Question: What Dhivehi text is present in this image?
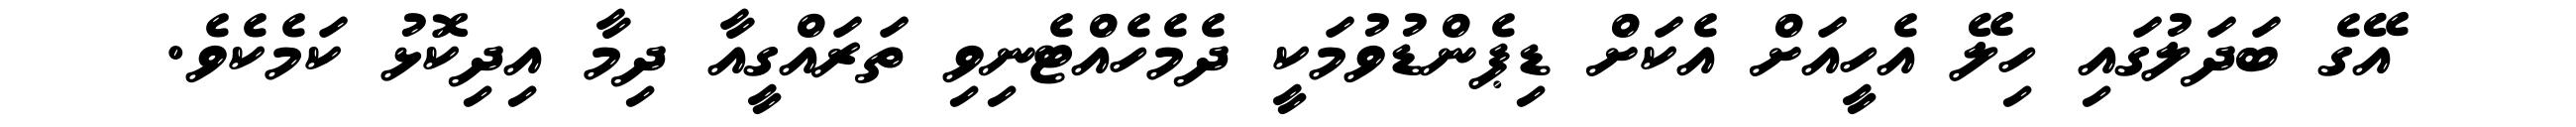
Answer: އޭގެ ބަދަލުގައި ހިލޭ އެހީއަށް އެކަށް ޑިޕެންޑުވުމަކީ ދެމެހެއްޓެނިވި ތަރައްގީއާ ދިމާ އިދިކޮޅު ކަމެކެވެ.